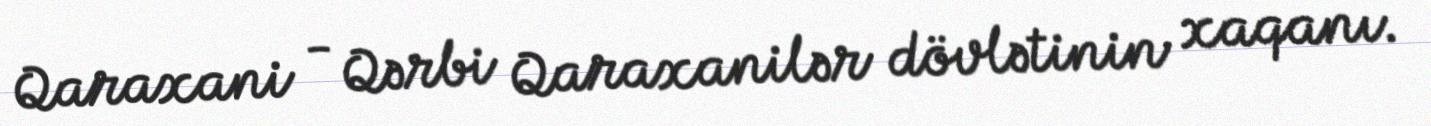
Qaraxani - Qərbi Qaraxanilər dövlətinin xaqanı.